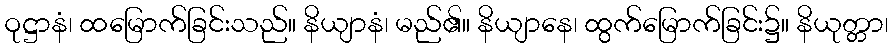
ဝုဋ္ဌာနံ၊ ထမြောက်ခြင်းသည်။ နိယျာနံ၊ မည်၏။ နိယျာနေ၊ ထွက်မြောက်ခြင်း၌။ နိယုတ္တာ၊